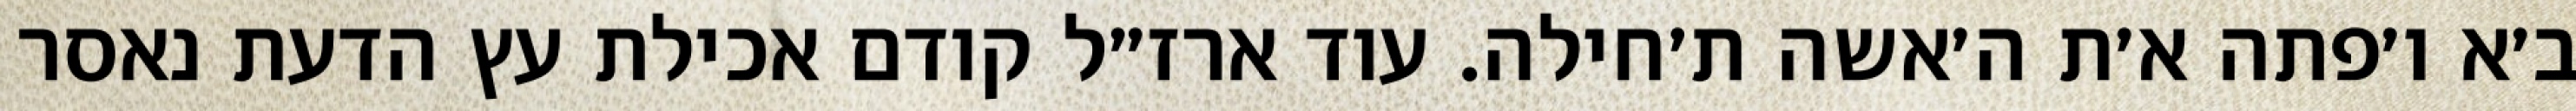
ב׳א ו׳פתה א׳ת ה׳אשה ת׳חילה. עוד ארז״ל קודם אכילת עץ הדעת נאסר